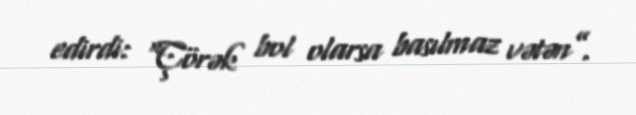
edirdi: “Çörək bol olarsa basılmaz vətən”.